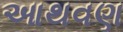
આથવણ